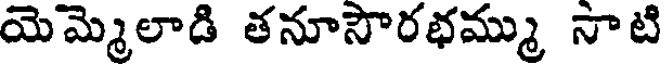
యెమ్మెలాడి తనూసౌరభమ్ము నాటి